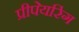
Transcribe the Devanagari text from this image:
प्रीपेयरिंग